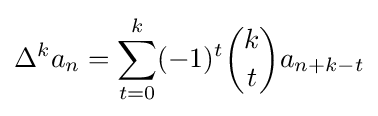
\Delta ^{k}a_{n}=\sum _{t=0}^{k}(-1)^{t}{\binom {k}{t}}a_{n+k-t}